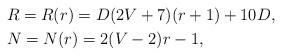
LaTeX: \begin{align*}&R=R(r) =D(2V+7)(r+1)+10D,\\&N=N(r) =2(V-2)r-1,\end{align*}